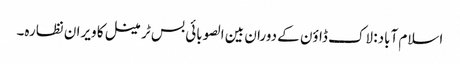
اسلام آباد: لاک ڈاؤن کے دوران بین الصوبائی بس ٹرمینل کا ویران نظارہ۔